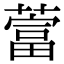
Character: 䔰